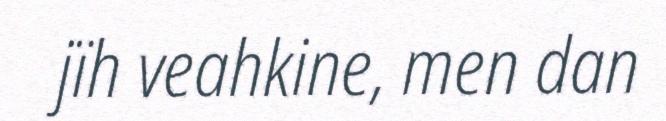
jïh veahkine, men dan